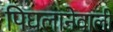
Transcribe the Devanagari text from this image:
पिघलानेवाली